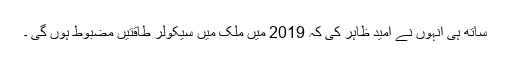
ساتھ ہی انہوں نے امید ظاہر کی کہ 2019 میں ملک میں سیکولر طاقتیں مضبوط ہوں گی ۔